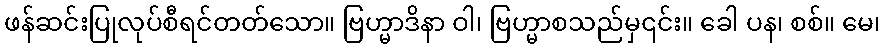
ဖန်ဆင်းပြုလုပ်စီရင်တတ်သော။ ဗြဟ္မာဒိနာ ဝါ၊ ဗြဟ္မာစသည်မှ၎င်း။ ခေါ ပန၊ စစ်။ မေ၊